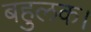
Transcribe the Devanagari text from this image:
बहुलक।